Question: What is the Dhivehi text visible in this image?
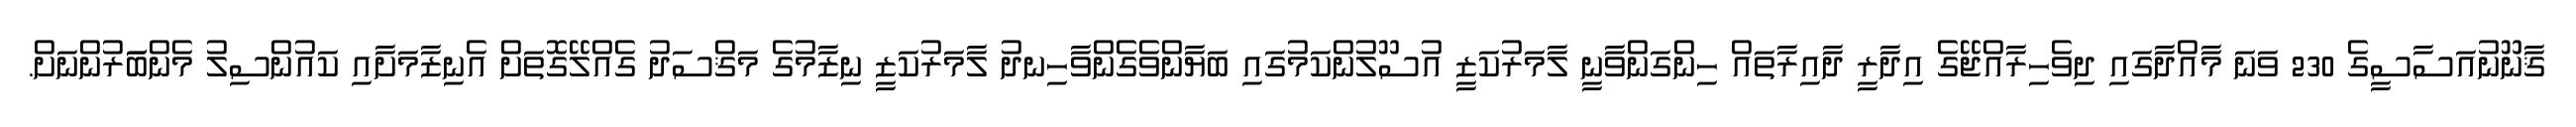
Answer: ޤާނޫނުއަސާސީގެ 230 ވަނަ މާއްދާގައި ދިވެހިރާއްޖޭގެ އިދާރީ ދާއިރާތައް ހިންގަންވާނީ ލާމަރުކަޒީ އުސޫލުންކަމުގައި ބަޔާންވެގެންވާހިނދު ލާމަރުކަޒީ ނިޒާމުގެ މަޤްސަދު ގެއްލޭގޮތަށް އެނިޒާމަށާއި ކައުންސިލު މެންބަަރުންނަށް.